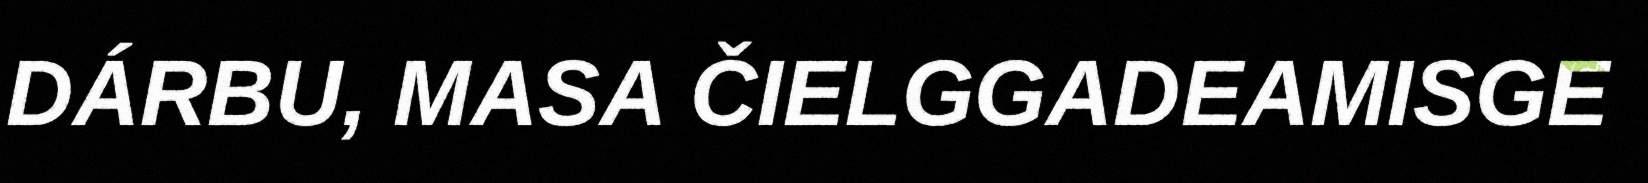
DÁRBU, MASA ČIELGGADEAMISGE